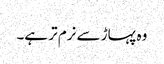
وہ پہاڑ سے نرم تر ہے۔